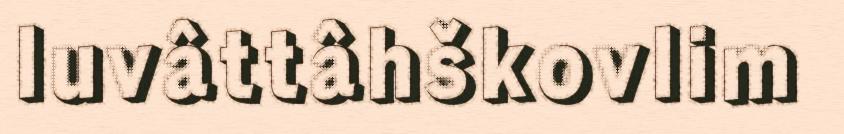
luvâttâhškovlim